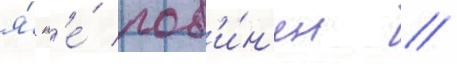
я́ н'е́ пов'и́н'ен //